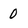
Character: 0